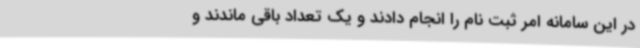
در این سامانه امر ثبت نام را انجام دادند و یک تعداد باقی ماندند و